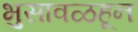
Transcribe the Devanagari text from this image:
भुसावळहून